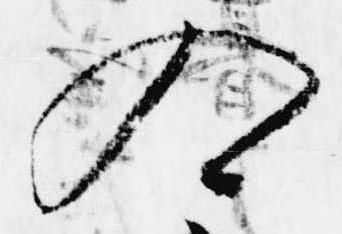
入